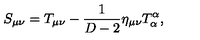
S _ { \mu \nu } = T _ { \mu \nu } - \frac { 1 } { D - 2 } \eta _ { \mu \nu } T _ { \alpha } ^ { \alpha } ,